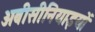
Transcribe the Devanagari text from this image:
अबीसीनियाइयों